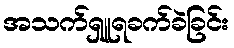
အသက်ရှူရခက်ခဲခြင်း